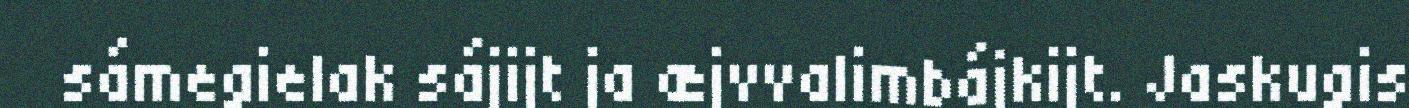
sámegielak sájijt ja æjvvalimbájkijt. Jaskugis